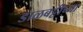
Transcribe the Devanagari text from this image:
डाळबट्टीच्या